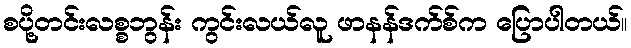
စပို့တင်းလစ္စဘွန်း ကွင်းလယ်လူ ဖာနန်ဒက်စ်က ပြောပါတယ်။